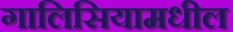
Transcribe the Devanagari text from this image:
गालिसियामधील